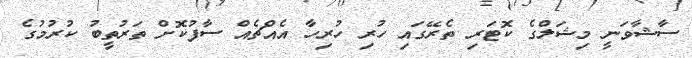
ސާޝާވަނީ މިޝަލްގެ ކޮޓަރި ތެރޭގައި ހުރި ހުރިހާ އެއްޗެއް ސާފުކޮށް ތަރުތީބު ކުރުމުގެ